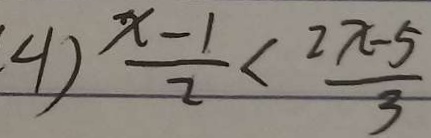
4 ) \frac { x - 1 } { 2 } < \frac { 2 x - 5 } { 3 }